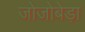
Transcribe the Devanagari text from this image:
जोजोबेड़ा